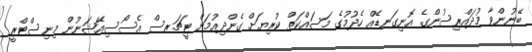
ބޭނުންވާ މުދައްރިސުންގެ އޮނިގަނޑެއް ހެދުމުގެ މަސައްކަތް ކުރިޔަށް ގެންދިއުމަށް ޓީޗަރސް އެސޯސިއޭޝަނުން މިނިސްޓްރީ